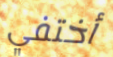
أختفي